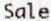
SALE